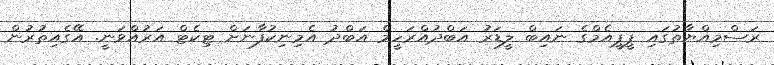
ރަސްމިއްޔާތުގައި ޕީޕީއެމްގެ ނައިބް ލީޑަރު އަބްދުއްރަހީމް އަބްދު އެމިނިކުފާނަށް ޓިކެޓް އަރުއްވަނީ. އޭގެއިތުރުން